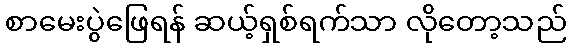
စာမေးပွဲဖြေရန် ဆယ့်ရှစ်ရက်သာ လိုတော့သည်